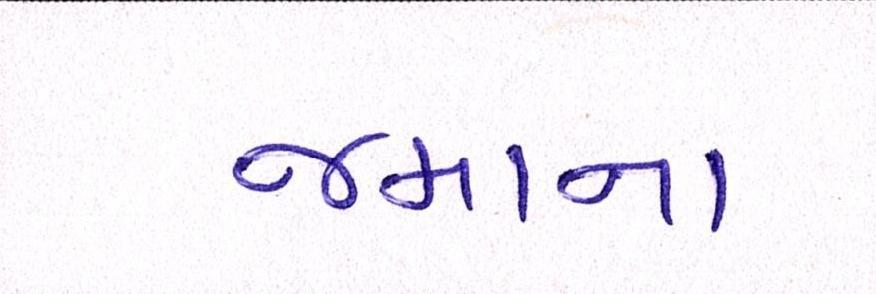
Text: જમાના